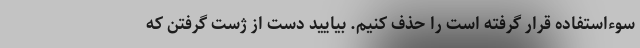
سوءاستفاده قرار گرفته است را حذف کنیم. بیایید دست از ژست گرفتن که